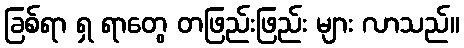
ခြစ်ရာ ရှ ရာတွေ တဖြည်းဖြည်း များ လာသည်။